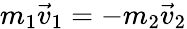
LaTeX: m_{1}\vec{v}_{1}=-m_{2}\vec{v}_{2}